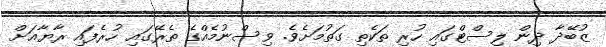
ޒުބޭދާ ދިން ލިސްޓްގައި ހުރި ތަކެތި ގަތުމަށެވެ. ވިސްނުމެއްގެ ތެރޭގައި ހުރެފައި ރާޔާއަށް